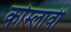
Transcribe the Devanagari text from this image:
कोम्लावी